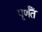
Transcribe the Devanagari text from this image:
पूर्णँत